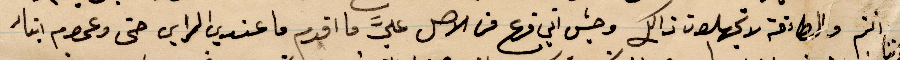
انتم والطاءفة لا تجهلون ذلك وحيث اني قرع من الأصل عليّ ما اقدم ما عندي الراي حتى وعموم أبناء